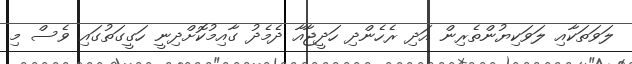
ލަވަތަކާއި ލަވަކިޔުންތެރިން އަދި ރެހެންދި ހަދީޖާއާ ދެމެދު ގާއިމުކޮށްދިނީ ހަގީގަތުގައި ވެސް މި